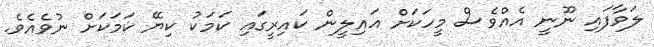
ލަވާފައި ނޫނީ އެއްވެސް މީހަކަށް އައިލީން ކައިރީގައި ކަމަކު ކިޔޭ ކަމަކަށް ނުވެއެވެ.